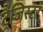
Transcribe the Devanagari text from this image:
ट्रैजिस्टर